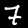
Label: 7